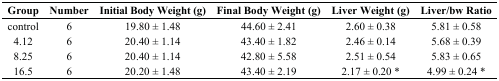
| Group | Number | Initial Body Weight (g) | Final Body Weight (g) | Liver Weight (g) | Liver/bw Ratio |
 | --- | --- | --- | --- | --- | --- |
 | control | 6 | 19.80 ± 1.48 | 44.60 ± 2.41 | 2.60 ± 0.38 | 5.81 ± 0.58 |
 | 4.12 | 6 | 20.40 ± 1.14 | 43.40 ± 1.82 | 2.46 ± 0.14 | 5.68 ± 0.39 |
 | 8.25 | 6 | 20.40 ± 1.14 | 42.80 ± 5.58 | 2.51 ± 0.54 | 5.83 ± 0.65 |
 | 16.5 | 6 | 20.20 ± 1.48 | 43.40 ± 2.19 | 2.17 ± 0.20 * | 4.99 ± 0.24 * |